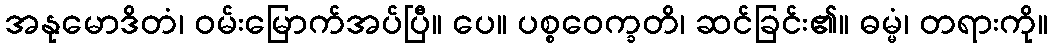
အနုမောဒိတံ၊ ဝမ်းမြောက်အပ်ပြီ။ ပေ။ ပစ္စဝေက္ခတိ၊ ဆင်ခြင်း၏။ ဓမ္မံ၊ တရားကို။